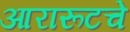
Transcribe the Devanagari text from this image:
आरारूटचे